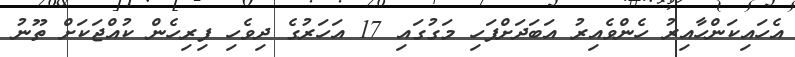
އެހައިކަންހާއިރު ހެންވެއިރު އަބަދަށްފަހި މަގުގައި 17 އަހަރުގެ ދިވެހި ފިރިހެން ކުއްޖަކަށް ތޫނު